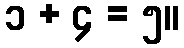
၁ + ၄ = ၅။